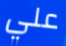
علي